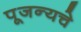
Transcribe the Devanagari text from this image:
पूजन्यचे